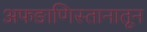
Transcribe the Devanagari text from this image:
अफङाणिस्तानातून